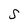
Character: S